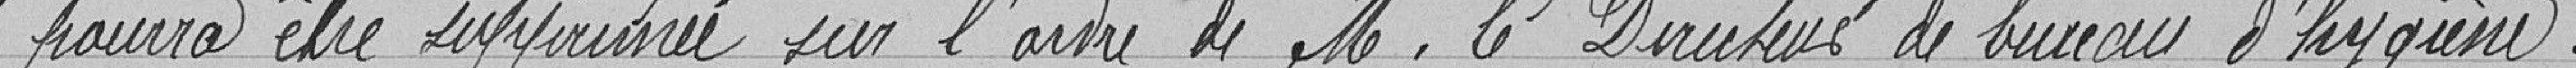
pourra être supprimée sur l'ordre de Monsieur le Directeur de bureau d'hygiène